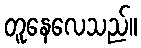
တူနေလေသည်။